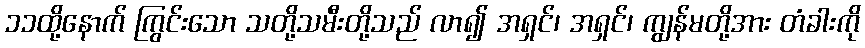
၁၁ထို့နောက် ကြွင်းသော သတို့သမီးတို့သည် လာ၍ အရှင်၊ အရှင်၊ ကျွန်မတို့အား တံခါးကို